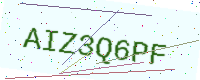
Text: AIZ3Q6PF